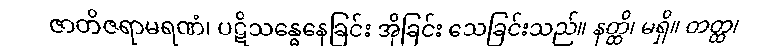
ဇာတိဇရာမရဏံ၊ ပဋိသန္ဓေနေခြင်း အိုခြင်း သေခြင်းသည်။ နတ္ထိ၊ မရှိ။ တတ္ထ၊